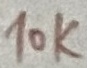
Text: 10K